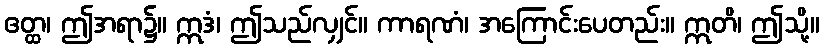
ဧတ္ထ၊ ဤအရာ၌။ ဣဒံ၊ ဤသည်လျှင်။ ကာရဏံ၊ အကြောင်းပေတည်း။ ဣတိ၊ ဤသို့။